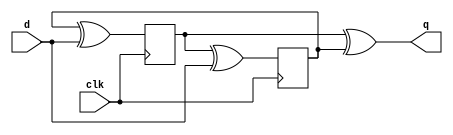
module top_module (
    input clk,
    input d,
    output q
);

    wire q1, q2;
    
    assign q = q1^q2;
    
    always @(negedge clk)
        q2 <= q1^d;
    
    always @(posedge clk)
        q1 <= q2^d;
    
endmodule